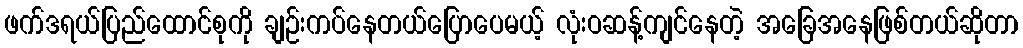
ဖက်ဒရယ်ပြည်ထောင်စုကို ချဉ်းကပ်နေတယ်ပြောပေမယ့် လုံးဝဆန့်ကျင်နေတဲ့ အခြေအနေဖြစ်တယ်ဆိုတာ